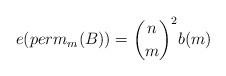
LaTeX: \begin{align*}e(perm_m(B)) = {\binom n m}^2 b(m)\end{align*}